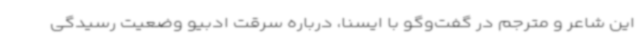
این شاعر و مترجم در گفت‌وگو با ایسنا، درباره سرقت ادبیو وضعیت رسیدگی